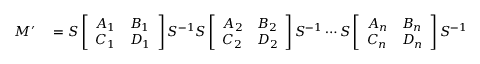
\begin{array} { r l } { M ^ { \prime } } & { { } = S \left[ \begin{array} { l l } { A _ { 1 } } & { B _ { 1 } } \\ { C _ { 1 } } & { D _ { 1 } } \end{array} \right] S ^ { - 1 } S \left[ \begin{array} { l l } { A _ { 2 } } & { B _ { 2 } } \\ { C _ { 2 } } & { D _ { 2 } } \end{array} \right] S ^ { - 1 } \cdots S \left[ \begin{array} { l l } { A _ { n } } & { B _ { n } } \\ { C _ { n } } & { D _ { n } } \end{array} \right] S ^ { - 1 } } \end{array}